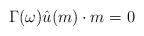
LaTeX: \begin{align*}\Gamma(\omega) \hat{u}(m) \cdot m = 0\end{align*}